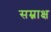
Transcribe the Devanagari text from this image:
सम्नाक्ष